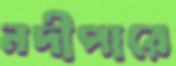
নদীপারে